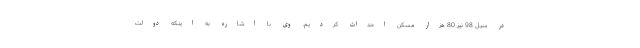
در سیل 98 نیز 80 هزار مسکن احداث کردیم. وی با اشاره به اینکه دولت